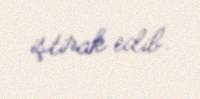
iştirak edib.